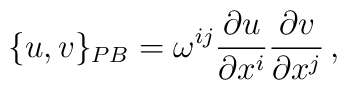
\{u,v\}_{PB} = \omega^{ij} {\partial u\over\partial x^i}{\partial v\over\partial x^j}\,,